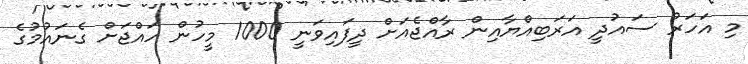
މި އަހަރު ސައުދީ އަރަބިއްޔާއިން ރާއްޖެއަށް ދީފައިވަނީ 1000 މީހުން ހައްޖަށް ގެނައުމުގެ